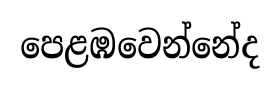
පෙළඹවෙන්නේද